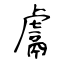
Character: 鬳